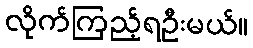
လိုက်ကြည့်ရဦးမယ်။